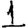
Digit: 1